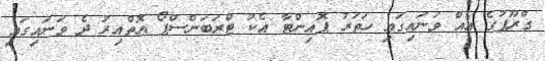
ގްރޫޕުގެ އެއް ވަނައިގައި ހަތަރު ޕޮއިންޓާ އެކު ޓްރަބަންސްޕޯ އޮތްއިރު ދެ ވަނައިގައި